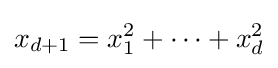
x_{d+1}=x_{1}^{2}+\cdots +x_{d}^{2}